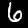
Digit: 6